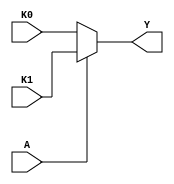
module single_variable_kmap (
    input wire A,  // Single binary input
    input wire K0, // K-map cell for A = 0 (1 = marked, 0 = unmarked)
    input wire K1, // K-map cell for A = 1 (1 = marked, 0 = unmarked)
    output wire Y  // Output
);

// Logic implementation based on K-map
assign Y = (A == 1'b0) ? K0 : K1;

endmodule